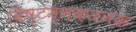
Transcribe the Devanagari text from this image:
विष्टम्भकजनक